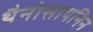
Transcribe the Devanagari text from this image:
थैनोसायनिन